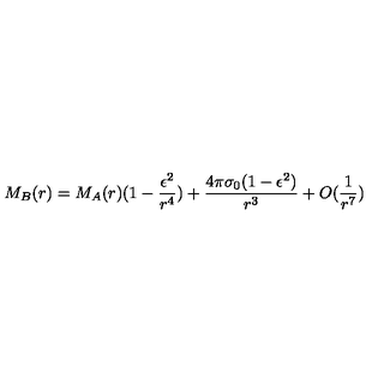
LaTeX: M _ { B } ( r ) = M _ { A } ( r ) ( 1 - \frac { \epsilon ^ { 2 } } { r ^ { 4 } } ) + \frac { 4 \pi \sigma _ { 0 } ( 1 - \epsilon ^ { 2 } ) } { r ^ { 3 } } + O ( \frac { 1 } { r ^ { 7 } } )